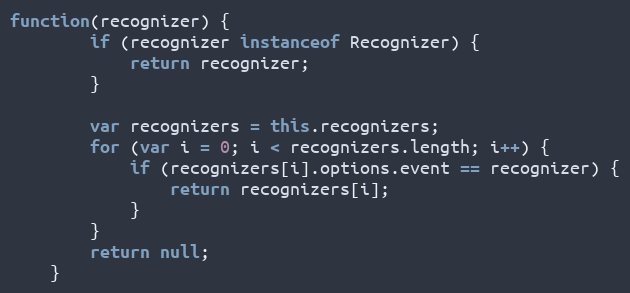
Language: JavaScript
function(recognizer) {
        if (recognizer instanceof Recognizer) {
            return recognizer;
        }

        var recognizers = this.recognizers;
        for (var i = 0; i < recognizers.length; i++) {
            if (recognizers[i].options.event == recognizer) {
                return recognizers[i];
            }
        }
        return null;
    }